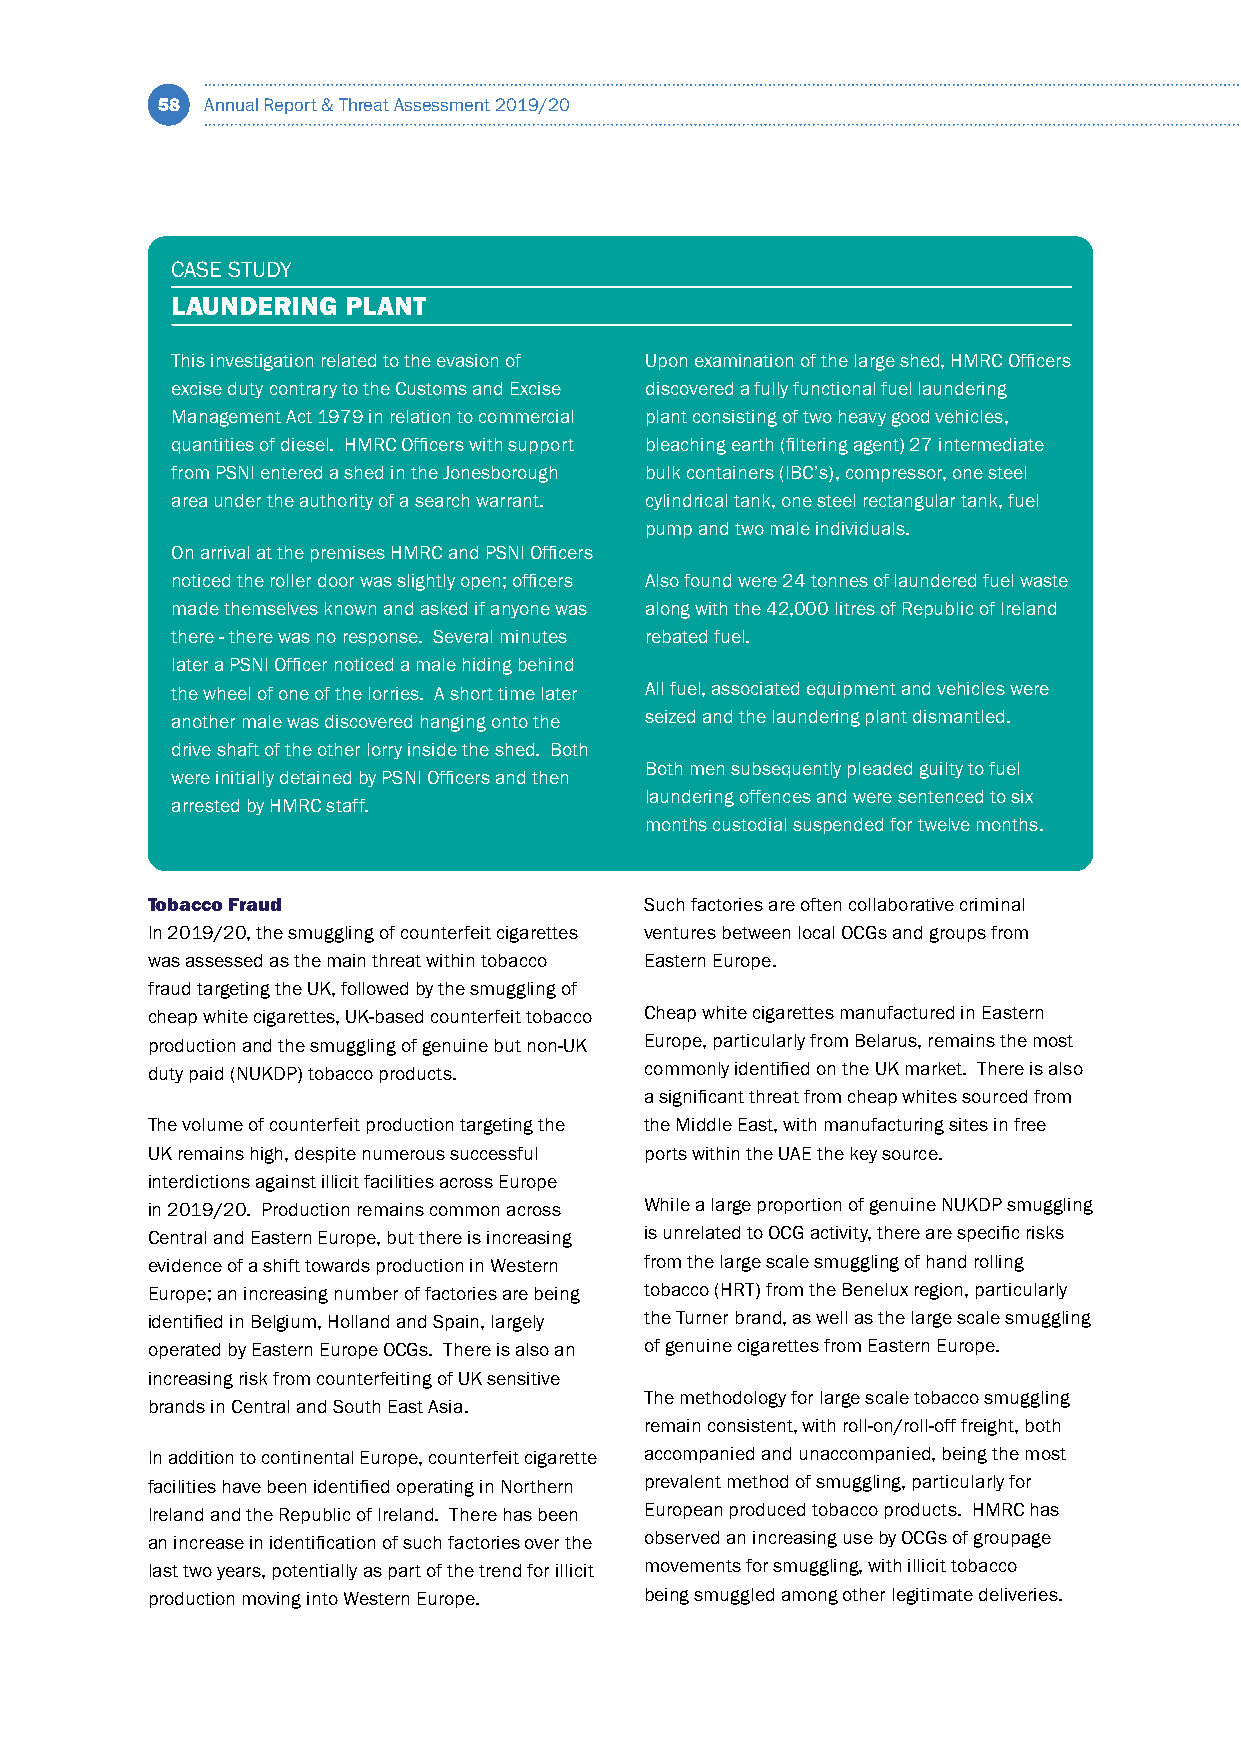
58  Annual Report & Threat Assessment 2019/20
 CASE STUDY
 LAUNDERING  PLANT
 This investigation related to the evasion of Upon examination of the large shed, HMRC Officers
 excise duty contrary to the Customs and Excise discovered a fully functional fuel laundering
 Management Act 1979 in relation to commercial plant consisting of two heavy good vehicles,
 quantities of diesel. HMRC Officers with support bleaching earth (filtering agent) 27 intermediate
 from PSNI entered a shed in the Jonesborough bulk containers (IBC’s), compressor, one steel
 area under the authority of a search warrant. cylindrical tank, one steel rectangular tank, fuel
 pump and two male individuals.
 On arrival at the premises HMRC and PSNI Officers
 noticed the roller door was slightly open; officers Also found were 24 tonnes of laundered fuel waste
 made themselves known and asked if anyone was along with the 42,000 litres of Republic of Ireland
 there - there was no response. Several minutes rebated fuel.
 later a PSNI Officer noticed a male hiding behind
 the wheel of one of the lorries. A short time later All fuel, associated equipment and vehicles were
 another male was discovered hanging onto the seized and the laundering plant dismantled.
 drive shaft of the other lorry inside the shed. Both
 Both men subsequently pleaded guilty to fuel
 were initially detained by PSNI Officers and then
 laundering offences and were sentenced to six
 arrested by HMRC staff.
 months custodial suspended for twelve months.
 Tobacco Fraud                    Such factories are often collaborative criminal
 In 2019/20, the smuggling of counterfeit cigarettes ventures between local OCGs and groups from
 was assessed as the main threat within tobacco Eastern Europe.
 fraud targeting the UK, followed by the smuggling of
 cheap white cigarettes, UK-based counterfeit tobacco Cheap white cigarettes manufactured in Eastern
 production and the smuggling of genuine but non-UK Europe, particularly from Belarus, remains the most
 duty paid (NUKDP) tobacco products. commonly identified on the UK market. There is also
 a significant threat from cheap whites sourced from
 The volume of counterfeit production targeting the the Middle East, with manufacturing sites in free
 UK remains high, despite numerous successful ports within the UAE the key source.
 interdictions against illicit facilities across Europe
 in 2019/20. Production remains common across While a large proportion of genuine NUKDP smuggling
 Central and Eastern Europe, but there is increasing is unrelated to OCG activity, there are specific risks
 evidence of a shift towards production in Western from the large scale smuggling of hand rolling
 Europe; an increasing number of factories are being tobacco (HRT) from the Benelux region, particularly
 identified in Belgium, Holland and Spain, largely the Turner brand, as well as the large scale smuggling
 operated by Eastern Europe OCGs. There is also an of genuine cigarettes from Eastern Europe.
 increasing risk from counterfeiting of UK sensitive
 The methodology for large scale tobacco smuggling
 brands in Central and South East Asia.
 remain consistent, with roll-on/roll-off freight, both
 In addition to continental Europe, counterfeit cigarette accompanied and unaccompanied, being the most
 facilities have been identified operating in Northern prevalent method of smuggling, particularly for
 Ireland and the Republic of Ireland. There has been European produced tobacco products. HMRC has
 an increase in identification of such factories over the observed an increasing use by OCGs of groupage
 last two years, potentially as part of the trend for illicit movements for smuggling, with illicit tobacco
 production moving into Western Europe. being smuggled among other legitimate deliveries.